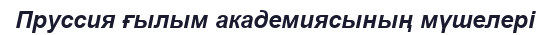
Пруссия ғылым академиясының мүшелері